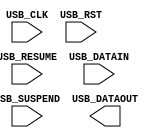
module USB_Controller (
    input wire USB_CLK,          // input clock signal
    input wire USB_RST,          // input reset signal
    input wire USB_SUSPEND,      // input suspend signal
    input wire USB_RESUME,       // input resume signal
    input wire [7:0] USB_DATAIN, // input data signal
    output reg [7:0] USB_DATAOUT // output data signal
);

// USB bus controller internal signals
reg [7:0] data_register;
reg state;

// State machine for USB bus controller
always @ (posedge USB_CLK or posedge USB_RST)
begin
    if (USB_RST) begin
        state <= 0;
        data_register <= 8'b0;
    end else begin
        case (state)
            // handle reset state
            0: begin
                // do something for reset state
                state <= 1;
            end
            // handle suspend state
            1: begin
                // do something for suspend state
                state <= 2;
            end
            // handle resume state
            2: begin
                // do something for resume state
                state <= 3;
            end
            default: begin
                // handle default state
                state <= 0;
            end
        endcase
    end
end

// Data transfer and synchronization
always @ (posedge USB_CLK or posedge USB_RST)
begin
    if (USB_RST) begin
        // do something for reset state
    end else begin
        // handle data transfer and synchronization
        // for USB bus communication
        // ensure proper timing and synchronization
        // handle data transfer protocol
        // detect and correct errors
        // synchronize devices connected to the bus
        // transmit and receive data according to USB specification
    end
end

// Clock management for accurate timing and synchronization
always @ (posedge USB_CLK)
begin
    // handle proper clock management
    // ensure accurate timing and synchronization
    // throughout the communication process
end

endmodule